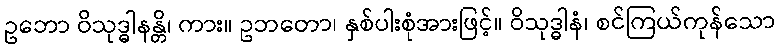
ဥဘော ဝိသုဒ္ဓါနန္တိ၊ ကား။ ဥဘတော၊ နှစ်ပါးစုံအားဖြင့်။ ဝိသုဒ္ဓါနံ၊ စင်ကြယ်ကုန်သော